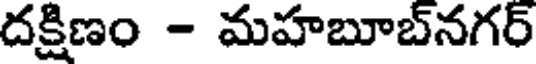
దక్షిణం - మహబూబ్నగర్